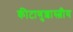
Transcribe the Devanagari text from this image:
कीटाणुशास्त्रीय